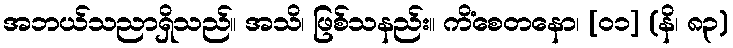
အဘယ်သညာရှိသည်။ အသိ၊ ဖြစ်သနည်း။ ကိံစေတနော၊ [၀၁] (နိ၊ ၈၃)